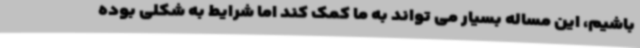
باشیم، این مساله بسیار می تواند به ما کمک کند اما شرایط به شکلی بوده